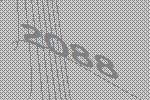
2088